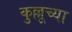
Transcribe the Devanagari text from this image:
कुल्लूच्या